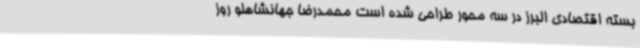
بسته اقتصادی البرز در سه محور طراحی شده است محمدرضا جهانشاهلو روز